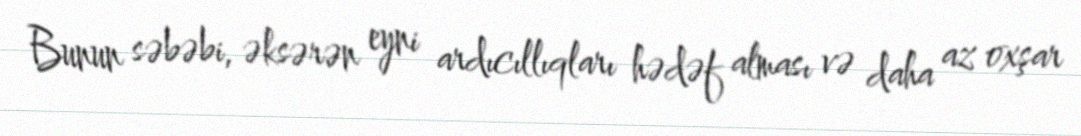
Bunun səbəbi, əksərən eyni ardıcıllıqları hədəf alması və daha az oxşar